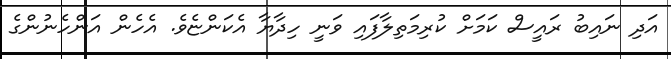
އަދި ނައިބު ރައީސް ކަމަށް ކުރިމަތިލާފައި ވަނީ ހިދާޔާ އެކަންޏެވެ. އެހެން އަންހެނުންގެ